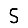
Digit: 5